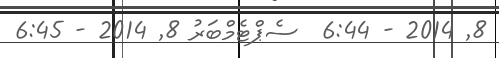
8